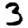
Digit: 3